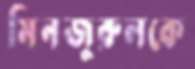
মিনজুরুলকে